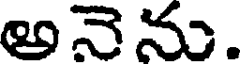
అనెను.